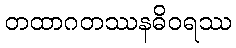
တထာဂတဿနဓိဝရဿ